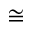
\cong